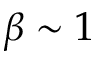
\beta \sim 1